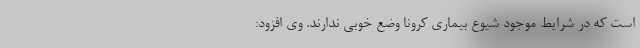
است که در شرایط موجود شیوع بیماری کرونا وضع خوبی ندارند. وی افزود: